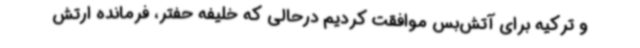
و ترکیه برای آتش‌بس موافقت کردیم درحالی که خلیفه حفتر، فرمانده ارتش